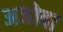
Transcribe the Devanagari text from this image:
अजोबा